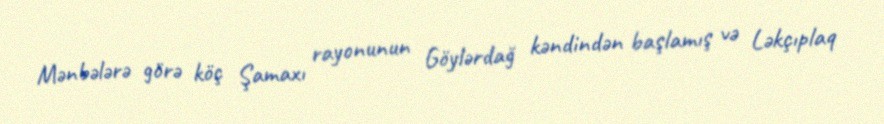
Mənbələrə görə köç Şamaxı rayonunun Göylərdağ kəndindən başlamış və Ləkçıplaq